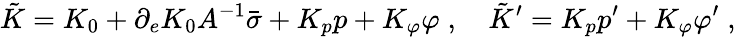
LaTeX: \tilde{K}=K_{0}+\partial_{e}K_{0}A^{-1}\bar{\sigma}+K_{p}p+K_{\varphi}\varphi\; ,\quad\tilde{K}^{\prime}=K_{p}p^{\prime}+K_{\varphi}\varphi^{\prime}\; ,